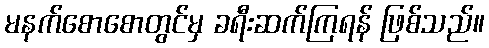
မနက်စောစောတွင်မှ ခရီးဆက်ကြရန် ဖြစ်သည်။